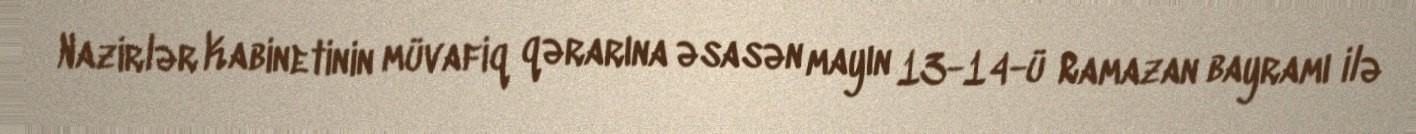
Nazirlər Kabinetinin müvafiq qərarına əsasən mayın 13-14-ü Ramazan bayramı ilə